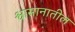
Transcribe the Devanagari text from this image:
श्वासानातील